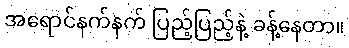
အရောင်နက်နက် ပြည့်ပြည့်နဲ့ ခန့်နေတာ။